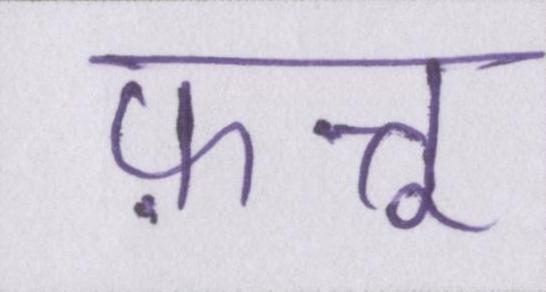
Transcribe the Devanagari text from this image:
फ़त्तू